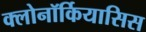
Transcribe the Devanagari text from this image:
क्लोनॉर्कियासिस